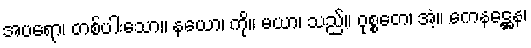
အပရော၊ တစ်ပါးသော။ နယော၊ ကို။ မယာ၊ သည်။ ဝုစ္စတေ၊ အံ့။ ကေနဋ္ဌေန၊